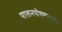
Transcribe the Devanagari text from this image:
पालनपोषणासाठी